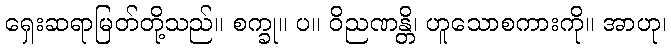
ရှေးဆရာမြတ်တို့သည်။ စက္ခု။ ပ။ ဝိညဏန္တိ၊ ဟူသောစကားကို။ အာဟု၊